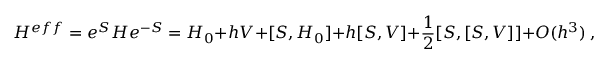
H ^ { e f f } = e ^ { S } H e ^ { - S } = H _ { 0 } + h V + [ S , H _ { 0 } ] + h [ S , V ] + \frac { 1 } { 2 } [ S , [ S , V ] ] + O ( h ^ { 3 } ) \ ,